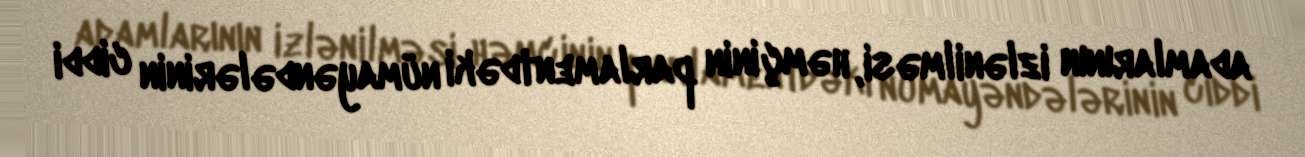
adamlarının izlənilməsi, həmçinin parlamentdəki nümayəndələrinin ciddi